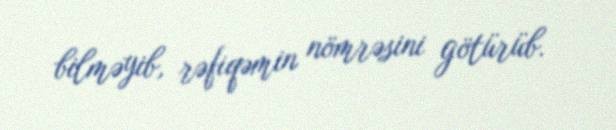
bilməyib, rəfiqəmin nömrəsini götürüb.